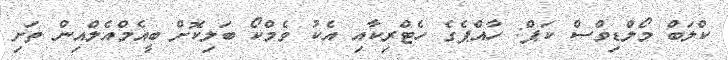
ކްލަބް މޯލްޑިވްސް ކަޕް: ހާއްޕެގެ ހެޓްރިކާއި އެކު ވެމްކޯ ބަލިކޮށް ބީއެމްއެލްއިން ތަށި